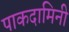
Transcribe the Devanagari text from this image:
पाकदामिनी